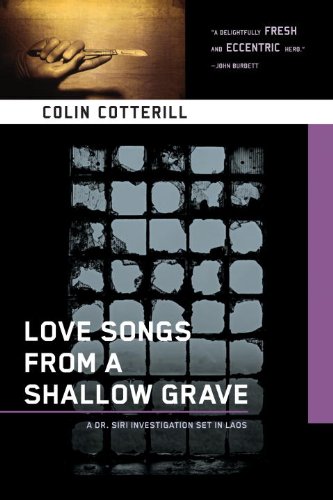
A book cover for Love Songs from a Shallow Grave (A Dr. Siri Paiboun Mystery); Colin Cotterill; Travel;